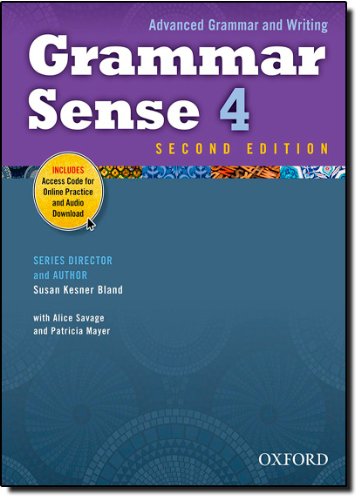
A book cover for Grammar Sense 4 Student Book with Online Practice Access Code Card (Advanced Grammar and Writing); Susan Kesner Bland; Reference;